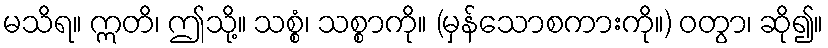
မသိရ။ ဣတိ၊ ဤသို့။ သစ္စံ၊ သစ္စာကို။ (မှန်သောစကားကို။) ဝတွာ၊ ဆို၍။